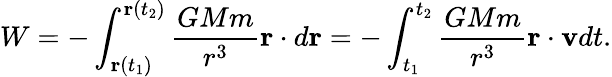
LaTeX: W=-\int_{\mathbf{r}(t_{1})}^{\mathbf{r}(t_{2})}{\frac{GMm}{r^{3}}}\mathbf{r}\cdot d\mathbf{r}=-\int_{t_{1}}^{t_{2}}{\frac{GMm}{r^{3}}}\mathbf{r}\cdot\mathbf{v}dt.